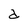
Character: d